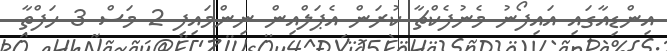
އިންޑިއާގައި އައިފޯނު މެނުފެކްޗާ ކުރަން އެޕަލްއިން ނިންމައިފި 2 މަސް 3 ހަފްތާ